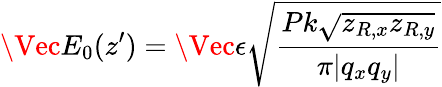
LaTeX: \Vec{E_{0}}(z^{\prime})=\Vec{\epsilon}\sqrt{\frac{Pk\sqrt{z_{R,x}z_{R,y}}}{\pi|q_{x}q_{y}|}}